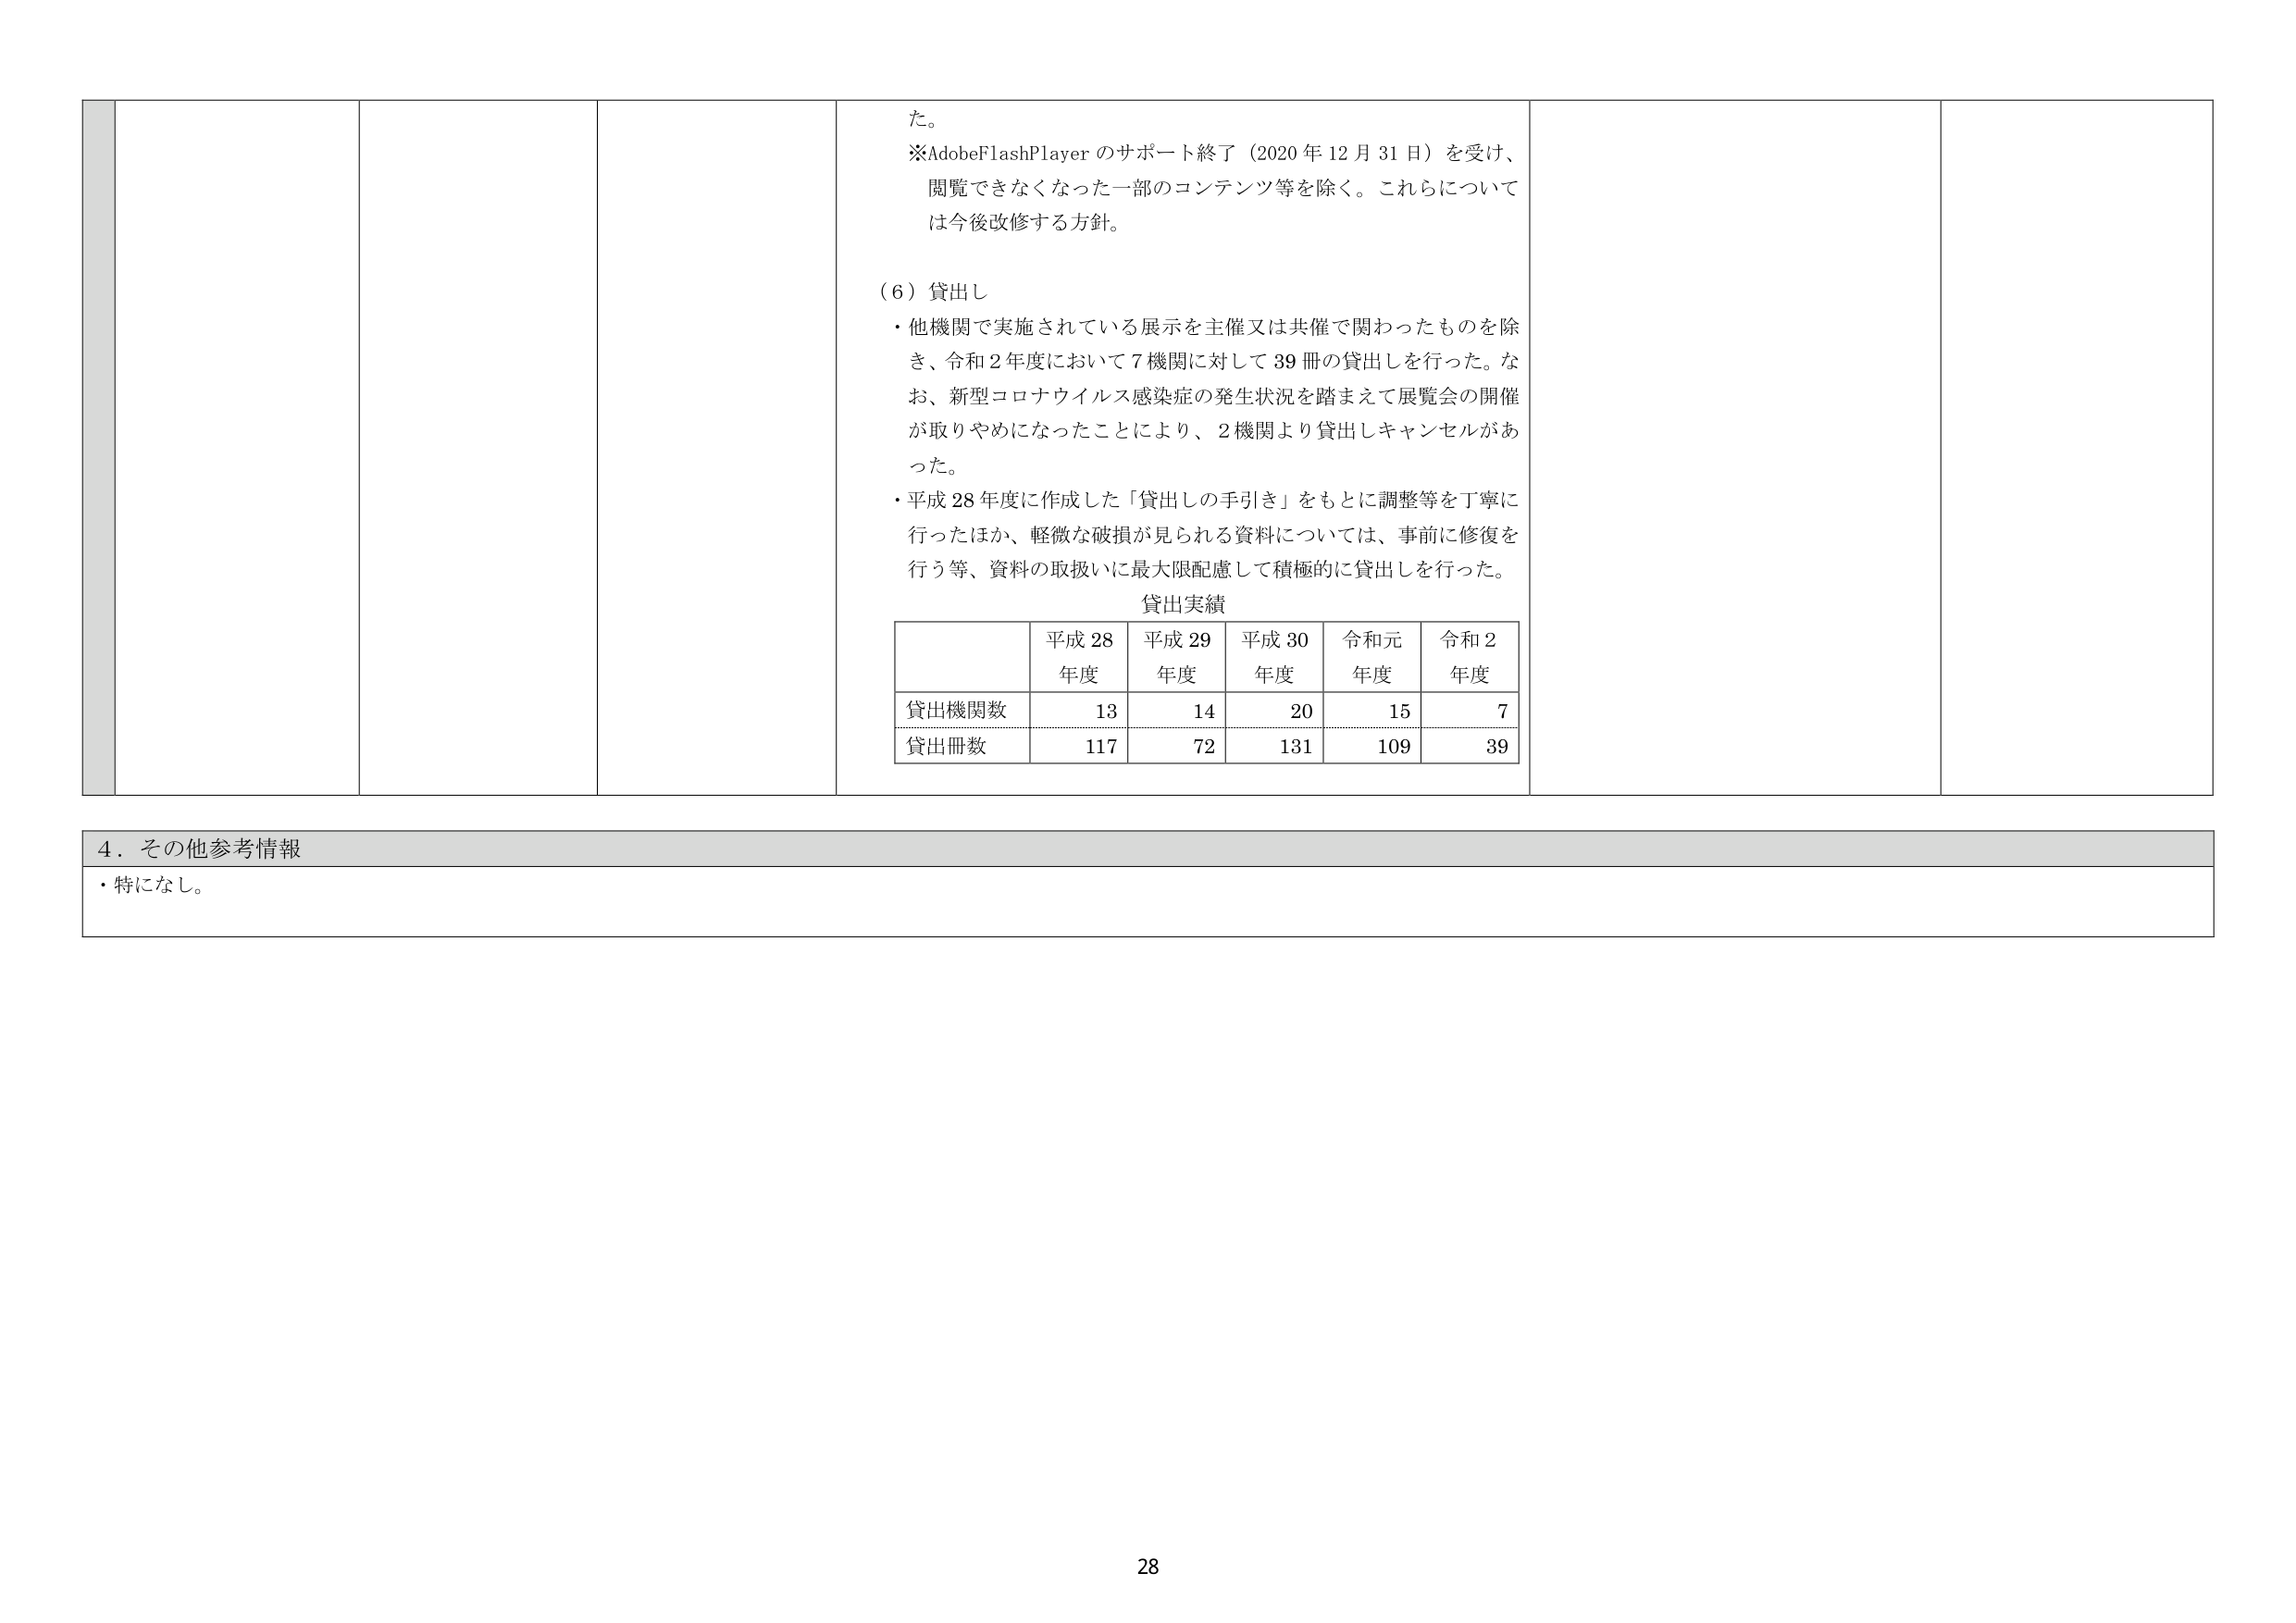
た。
※AdobeFlashPlayer のサポート終了（2020 年 12 月 31 日）を受け、
閲覧できなくなった一部のコンテンツ等を除く。これらについて
は今後改修する方針。

（6）貸出し
・他機関で実施されている展示を主催又は共催で関わったものを除
き、令和２年度において７機関に対して 39 冊の貸出しを行った。な
お、新型コロナウイルス感染症の発生状況を踏まえて展覧会の開催
が取りやめになったことにより、２機関より貸出しキャンセルがあ
った。
・平成 28 年度に作成した「貸出しの手引き」をもとに調整等を丁寧に
行ったほか、軽微な破損が見られる資料については、事前に修復を
行う等、資料の取扱いに最大限配慮して積極的に貸出しを行った。

貸出実績
平成 28 年度 平成 29 年度 平成 30 年度 令和元年度 令和 2 年度
貸出機関数 13 14 20 15 7
貸出冊数 117 72 131 109 39

４．その他参考情報
・特になし。

28